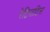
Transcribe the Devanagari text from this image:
रेटिनाटिस